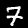
Label: 7